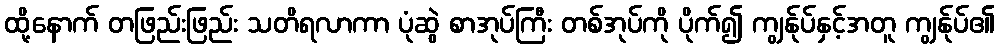
ထို့နောက် တဖြည်းဖြည်း သတိရလာကာ ပုံဆွဲ စာအုပ်ကြီး တစ်အုပ်ကို ပိုက်၍ ကျွန်ုပ်နှင့်အတူ ကျွန်ုပ်၏